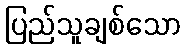
ပြည်သူချစ်သော